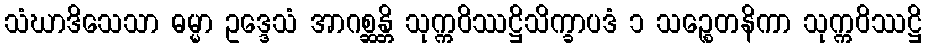
သံဃာဒိသေသာ ဓမ္မာ ဥဒ္ဒေသံ အာဂစ္ဆန္တိ သုက္ကဝိဿဋ္ဌိသိက္ခာပဒံ ၁ သဉ္စေတနိကာ သုက္ကဝိဿဋ္ဌိ